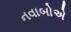
નવાબોએ